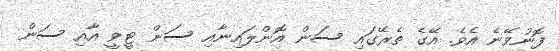
ފޮނުވޭނެ އެވެ. އޭގެ ތެރޭގައި ސަން އޮންލައިނާއި ސަން ޓީވީ އާއި ސަން